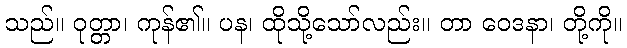
သည်။ ဝုတ္တာ၊ ကုန်၏။ ပန၊ ထိုသို့သော်လည်း။ တာ ဝေဒနာ၊ တို့ကို။